Bréfritari: Ragnheiður Daníelsdóttir
Viðtakandi: Daníel Halldórsson
Dagsetning: A-1887-02-02
Skrifað á: Reykjavík  Gull.
Ragnheiður var dóttir Daníels

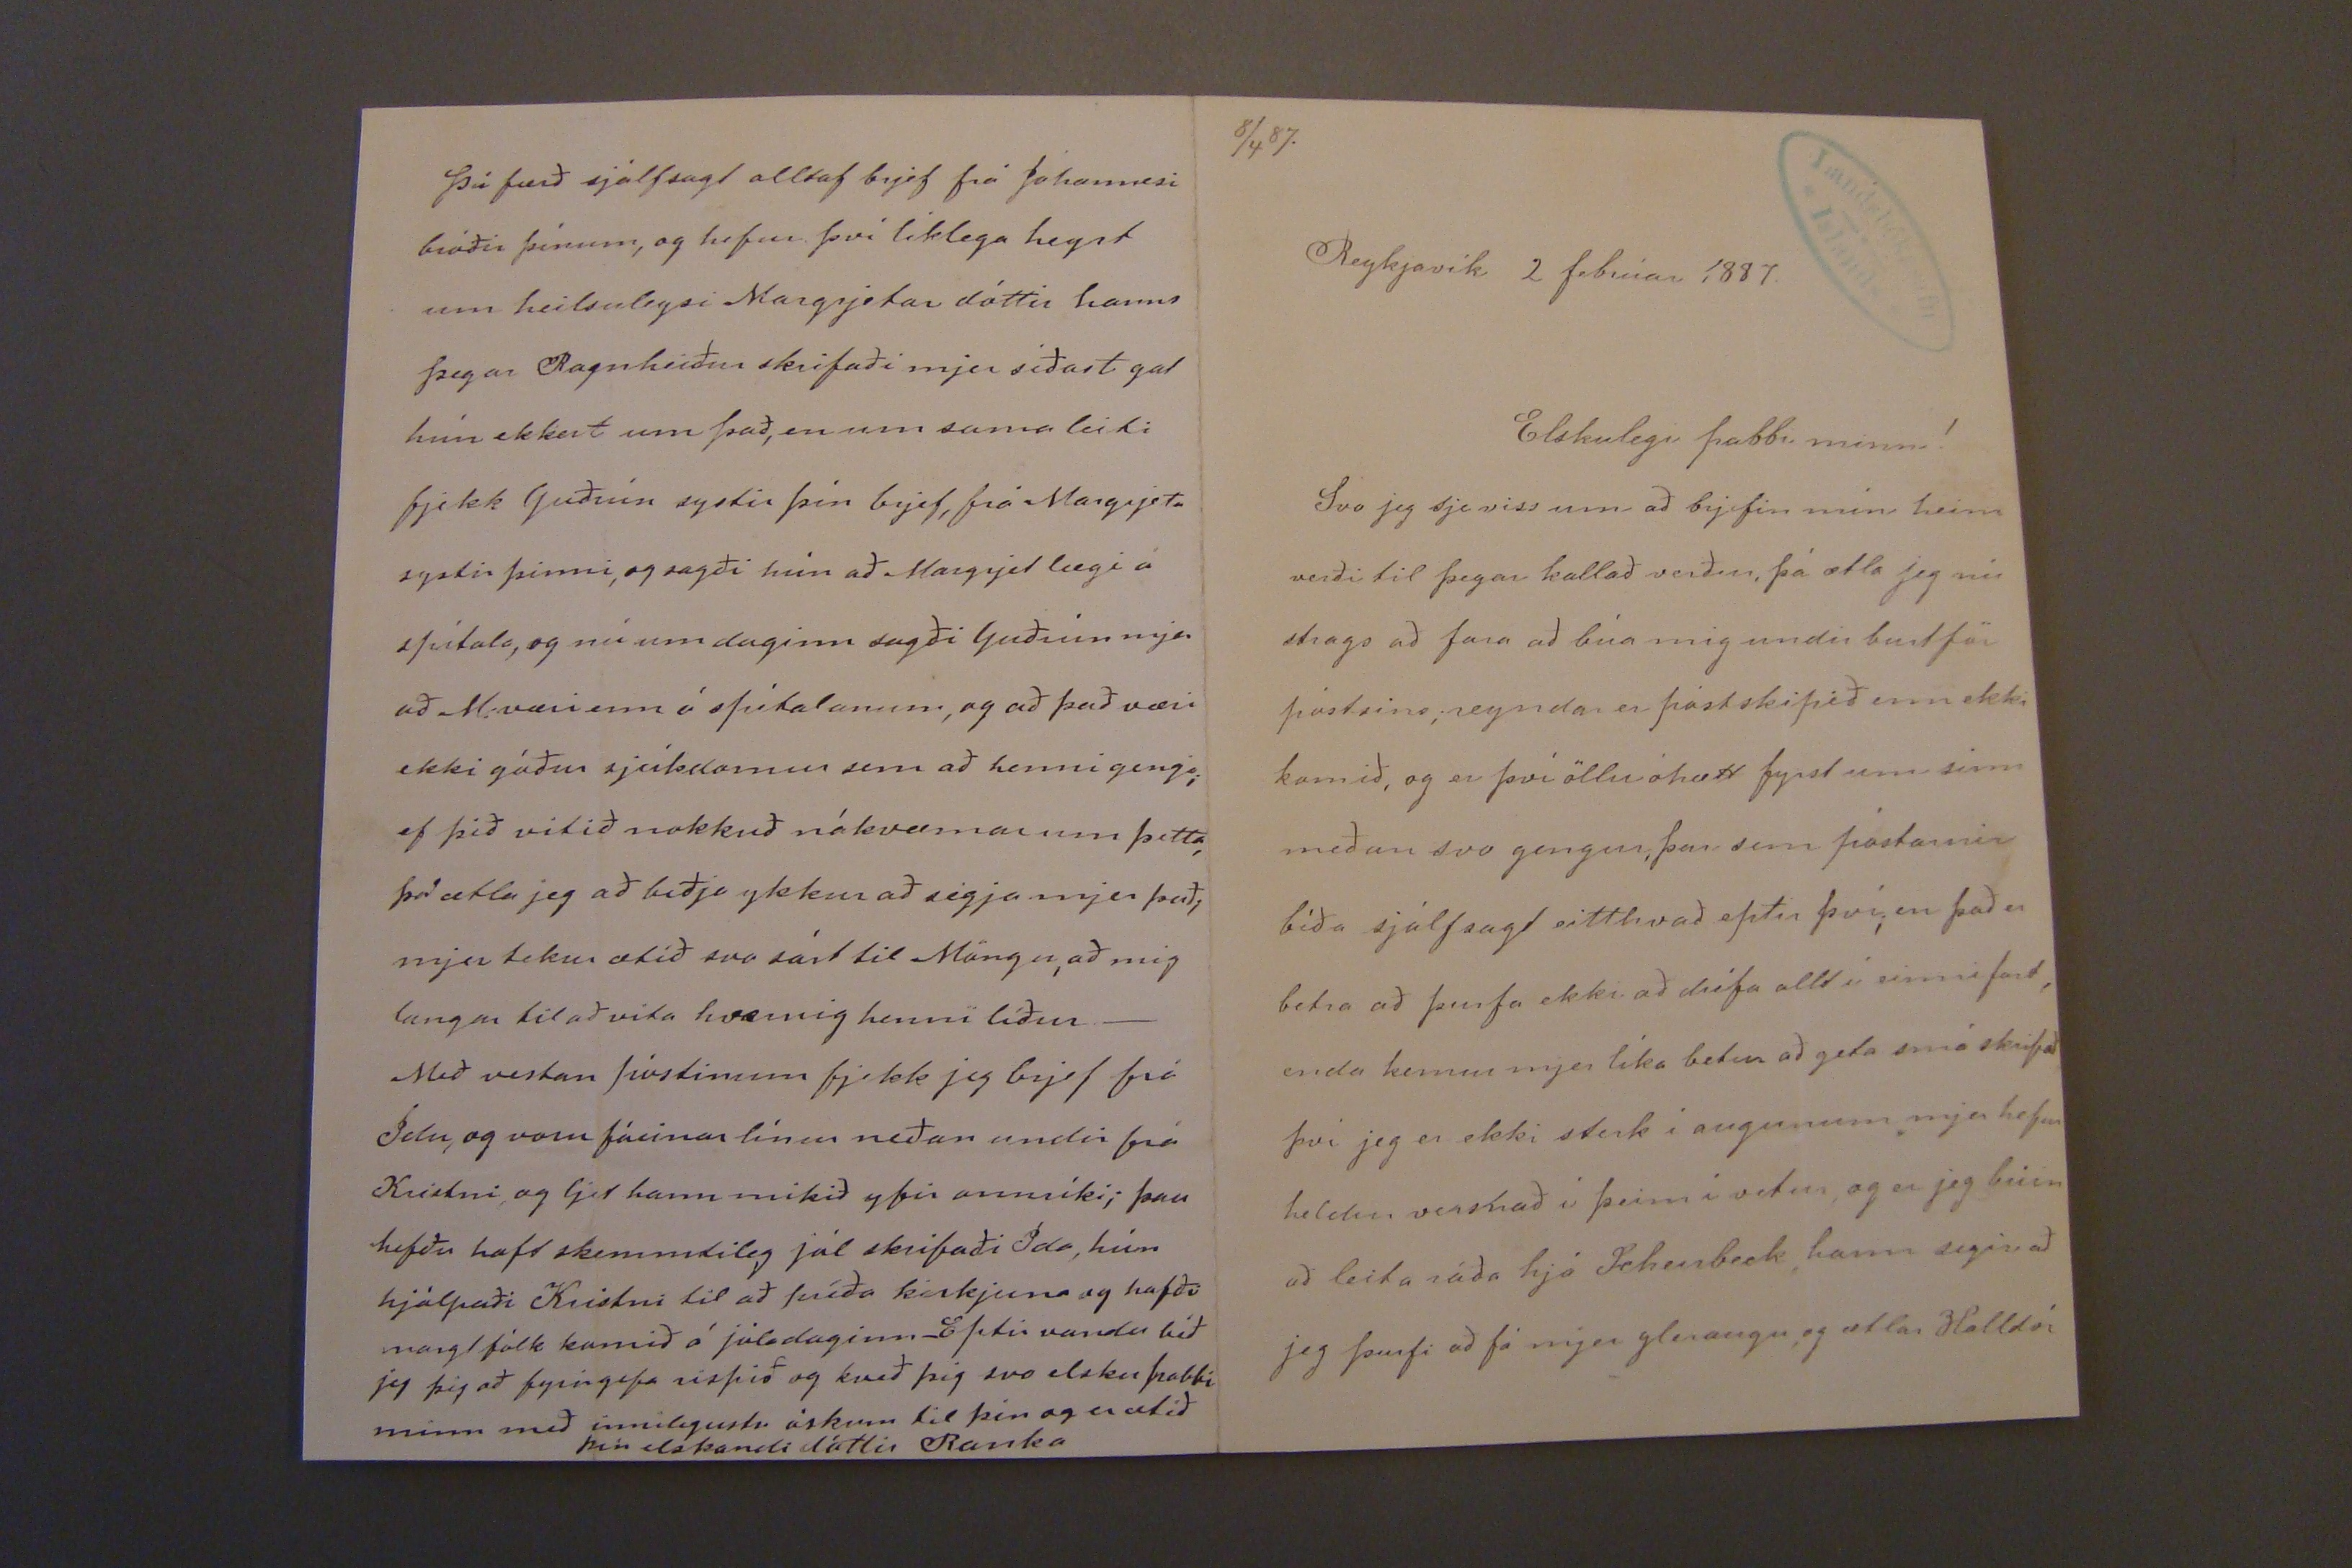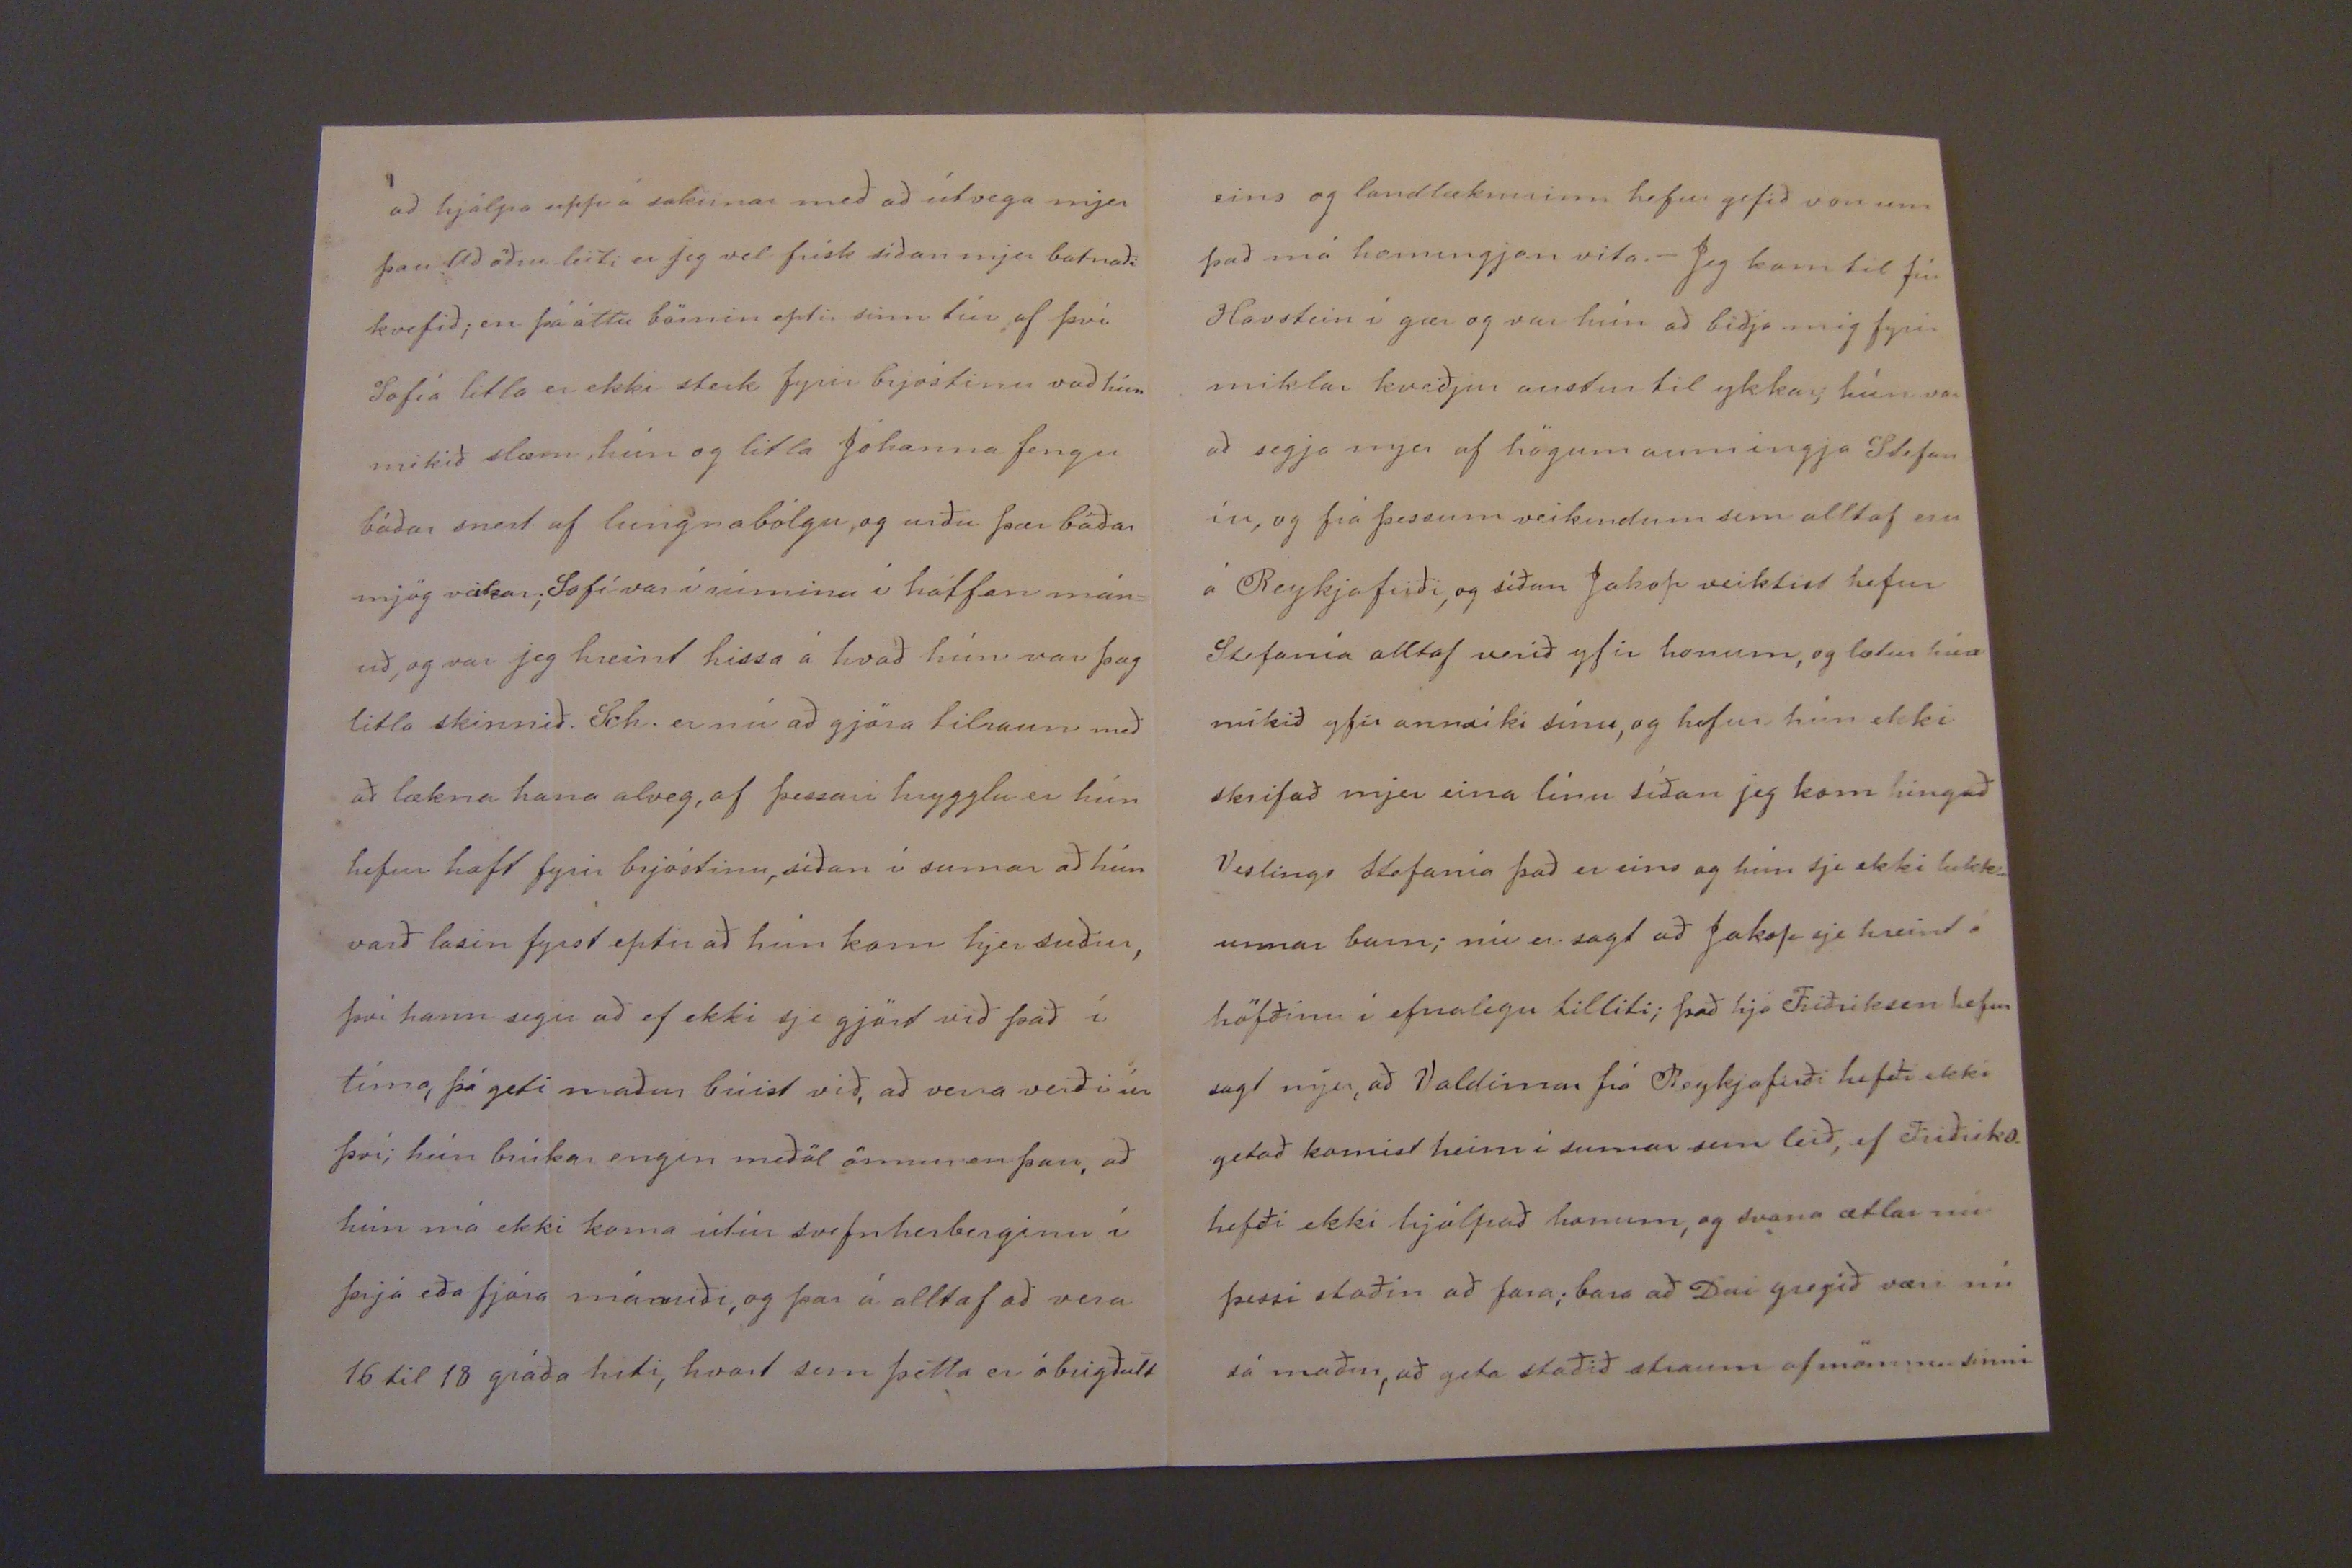

8/4 87.
Reykjavík 2 febrúar 1887.
Elskulegi pabbi minn!
Svo jeg sje viss um að brjefin mín heim verði til þegar kallað verður, þá ætla jeg nú strags að fara að búa mig undir burtför póstsins, reyndar er póstskipið enn ekki komið, og er því öllu óhætt fyrst um sinn meðan svo gengur, þar sem pósturin bíða sjálfsagt eitthvað eptir því; en það er betra að þurfa ekki að drífa allt í einni ferð, enda kemur mjer líka betur að geta smá skipað því jeg er ekki sterk í augunum mjer hefur heldur versnað í þeim í vetur, og er jeg búin að leita ráða hjá Scheirbeck, hann segir að jeg þurfi að fá mjer gleraugu, og ætlar Halldór
að hjálpa upp á sakirnar með að útvega mjer þau að öðru leiti er jeg vel frísk síðan mjer batnaði kvefið; en þá áttu börnin eptir sinn túr af því. Sofía litla er ekki sterk fyrir brjóstinu vað hún mikið slæm, hún og litla Jóhanna fengu báðar snert af lungnabólgu, og urðu þær báðar mjög veikar; Sofí var í rúminu í hálfan mán= uð, og var jeg hreint hissa á hvað hún var þæg litla skinnið. Sch. er nú að gjöra tilraun með að lækna hana alveg, af þessari hrygglu er hún hefur haft fyrir brjóstinu, síðan í sumar að hún varð lasin fyrst eptir að hún kom hjer suður, því hann segir að ef ekki sje gjört við það í tíma, þá geti maður búist við, að vera
veiði
úr því; hún brúkar engin meðöl önnur en þau, að hún má ekki koma útúr svefnherberginu í þrjá eða fjóra mánuði, og þar á alltaf að vera 16 til 18 gráða hiti, hvort sem þetta er óbrigðult
eins og landlæknirinn hefur gefið von um það má hamingjan vita._ Jeg kom til frú Havstein í gær og var hún að biðja mig fyrir miklar kveðjur austur til ykkar; hún var að segja mjer af högum aumingja Stefan íu, og frá þessum veikindum sem alltaf eru á Reykjafirði, og síðan Jakop veiktist hefur Stefanía alltaf verið yfir honum, og lætur hún mikið yfir annríki sínu, og hefur hún ekki skrifað mjer eina línu síðan jeg kom hingað Veslings Stefanía það er eins og hún sje ekki lukk= unnar barn; nú er sagt að Jakop sje hreint á höfðinu í efnalegu tilliti; það hjá Friðriksen hefur sagt mjer, að Valdimar frá Reykjafirði hefði ekki getað komist heim í sumar sem leið, ef Friðriks. hefði ekki hjálpað honum, og svona ætlar nú þessi
stoðin
að fara; bara að Dui greyið væri nú sá maður, að geta staðið straum af mömmu sinni
Þú færð sjálfsagt alltaf brjef frá Jóhannesi bróðir þínum, og hefur því líklega heyrt um heilsuleysi Margrjetar dóttir hanns þegar Ragnheiður skrifaði mjer síðast gat hún ekkert um það, en um sama leiti fjekk Guðrún systir þín brjef, frá Margrjetu systir þinni, og sagði hún að Margrjet lægi á spítala, og nú um daginn sagði Guðrún mjer að M: væri enn á spítalanum, og að það væri ekki góður sjúkdomur sem að henni gengi; ef þið vitið nokkuð nákvæmar um þetta, þá ætla jeg að biðja ykkur að segja mjer það; mjer tekur ætíð svo sárt til Möngu, að mig langar til að vita hvernig henni líður._ Með vestan póstinum fjekk jeg brjef frá Idu, og voru fáeinar línur neðan undir frá Kristni, og ljet hann mikið yfir annríki; þau hefðu haft skemmtileg jól skrifaði Ida, hún hjálpaði Kristni til að príða kirkjuna og hafði margt fólk komið á jóladaginn_ Eptir vanda bið jeg þig að fyrirgefa rispið og kveð þig svo elsku pabbi minn með innilegustu óskum til þín og er ætíð þín elskandi dóttir Ranka